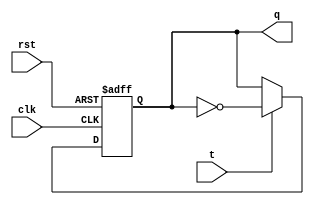
module t_flip_flop (

   input wire clk, // Clock input
   input wire rst, // Reset input
   input wire t, // T input
   output wire q // Q output

);

   reg q_reg; // Internal storage for Q output

   always @ (posedge clk or posedge rst)
   begin
      if (rst) // Reset Q output to 0 when reset is active
         q_reg <= 1'b0;
      else if (t) // Toggle Q output on rising edge of clock when T input is high
         q_reg <= ~q_reg;
   end

   assign q = q_reg; // Output Q is the stored Q value
   
endmodule